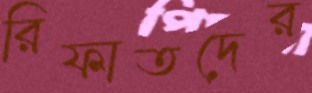
রিফাতদের